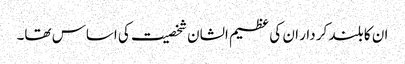
ان کا بلند کر دار ان کی عظیم الشان شخصیت کی اساس تھا۔